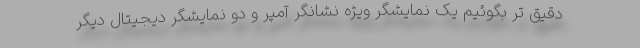
دقیق تر بگوئیم یک نمایشگر ویژه نشانگر آمپر و دو نمایشگر دیجیتال دیگر